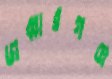
জব্বারগঞ্জ